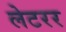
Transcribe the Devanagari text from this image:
लेटरर